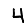
Digit: 4